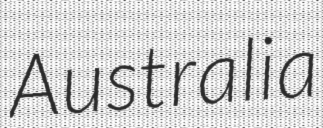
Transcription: Australia